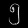
Digit: ၅